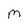
Character: M